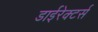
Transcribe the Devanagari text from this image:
डाईरेक्टर्स